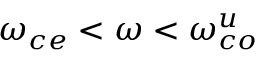
\omega _ { c e } < \omega < \omega _ { c o } ^ { u }